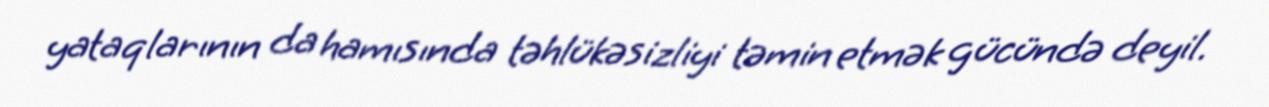
yataqlarının da hamısında təhlükəsizliyi təmin etmək gücündə deyil.